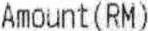
AMOUNT(RM)